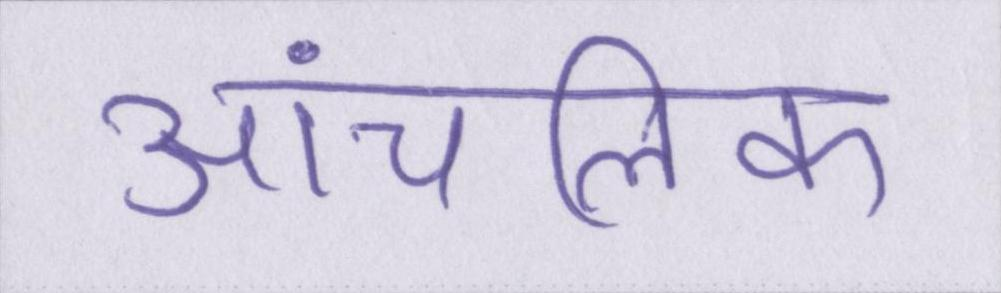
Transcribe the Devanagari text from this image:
आंचलिक